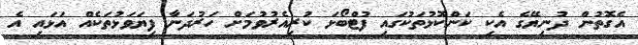
އެގޮތުން ދުނިޔޭގެ އެކި ކަންކޮޅުތަކުގައި ފުޓްބޯޅަ ކުރިއެރުވުމަށް ހަރުދަނާ ފިޔަވަޅުތަކެއް އަޅައި އެ